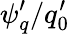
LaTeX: {\psi}_{q}^{\prime}/q_{0}^{\prime}